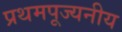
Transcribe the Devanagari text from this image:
प्रथमपूज्यनीय